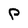
Character: P